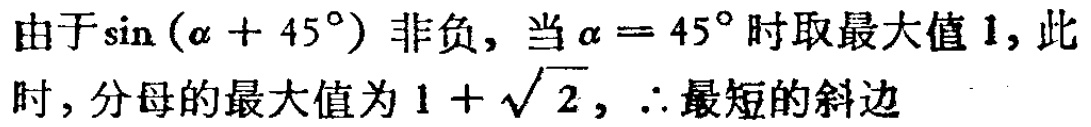
由于\(\sin(\alpha + 45^{\circ})\)非负, 当\(\alpha = 45^{\circ}\)时取最大值\(1\), 此时, 分母的最大值为\(1 + \sqrt{2}\), \(\therefore\)最短的斜边